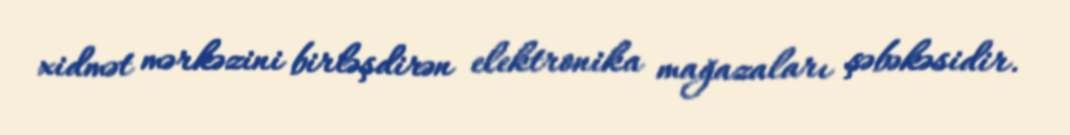
xidmət mərkəzini birləşdirən elektronika mağazaları şəbəkəsidir.